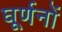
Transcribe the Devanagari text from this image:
घूर्णनों